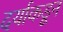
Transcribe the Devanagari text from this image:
दर्याकडून